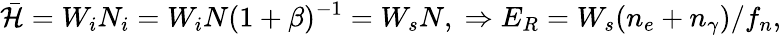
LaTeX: \mathcal{\bar{H}}=W_{i}N_{i}=W_{i}N(1+\beta)^{-1}=W_{s}N,\; \Rightarrow E_{R}=W_{s}(n_{e}+n_{\gamma})/f_{n},